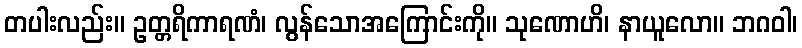
တပါးလည်း။ ဥတ္တရိကာရဏံ၊ လွန်သောအကြောင်းကို။ သုဏောဟိ၊ နာယူလော။ ဘဂဝါ၊